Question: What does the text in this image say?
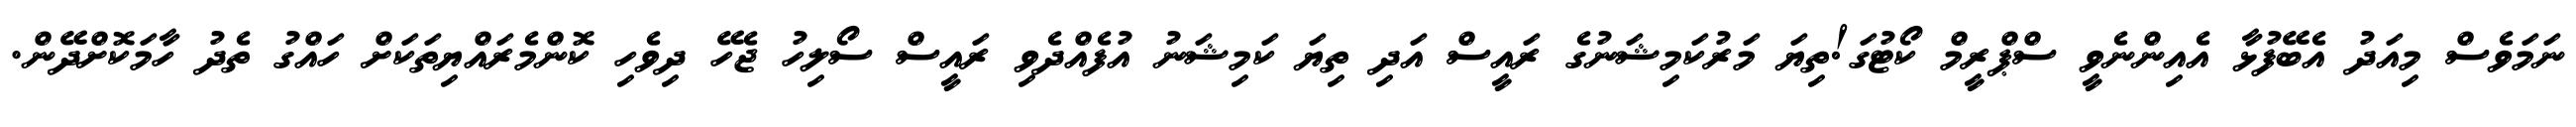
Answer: ނަމަވެސް މިއަދު އެބޭފުޅާ އެއިންނެވީ ސްޕްރީމް ކޯޓުގަ!ތިޔަ މަރުކަމިޝަނުގެ ރައީސް އަދި ތިޔަ ކަމިޝަނު އުފެއްދެވި ރައީސް ސޯލިހު ޖެހޭ ދިވެހި ކޮންމެރައްޔިތަކަށް ހައްގު ތެދު ހާމަކޮށްދޭން.